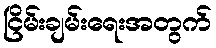
ငြိမ်းချမ်းရေးအတွက်